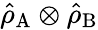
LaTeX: \hat{\rho}_{\mathrm{A}}\otimes\hat{\rho}_{\mathrm{B}}